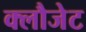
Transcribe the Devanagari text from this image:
क्लौजेट